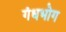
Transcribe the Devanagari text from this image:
गंधभोग